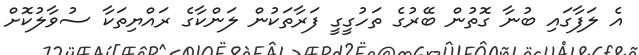
އެ ލަފާގައި ބުނާ ގޮތުން ބޭރުގެ ތަހުގީގީ ފަރާތަކުން ލަންކާގެ ރައްޔިތަކާ ސުވާލުކޮށް